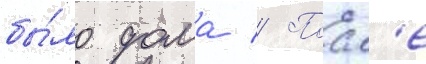
бы́ло дома // Посл'е